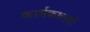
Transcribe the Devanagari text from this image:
कार्यकालयों